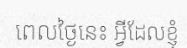
ពេលថ្ងៃនេះ អ្វីដែលខ្ញុំ